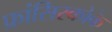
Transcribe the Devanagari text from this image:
फ्रांसिस्कोके